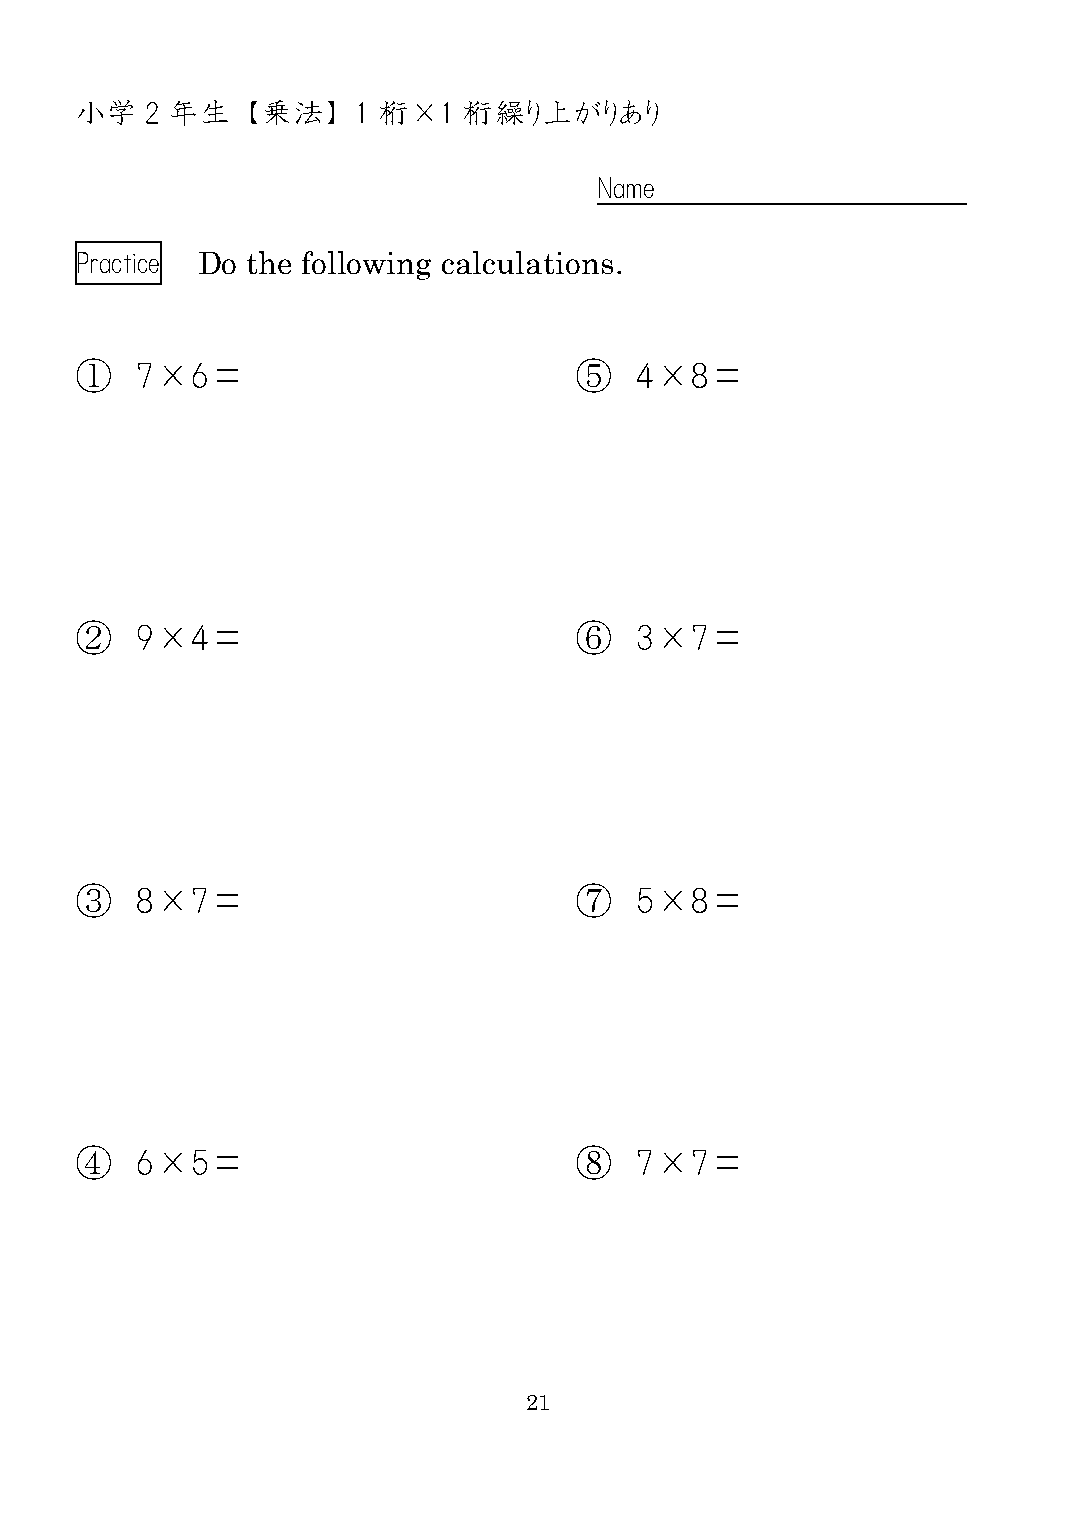
小学   2 年生  【乗法】    1 桁×1  桁繰り上がりあり
 Name
 Practice Do the following calculations.
 ①   7×6＝                         ⑤   4×8＝
 ②   9×4＝                         ⑥   3×7＝
 ③   8×7＝                         ⑦   5×8＝
 ④   6×5＝                         ⑧   7×7＝
 21